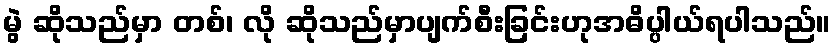
မွဲ ဆိုသည်မှာ တစ်၊ လို ဆိုသည်မှာပျက်စီးခြင်းဟုအဓိပ္ပါယ်ရပါသည်။